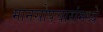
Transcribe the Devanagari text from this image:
मानसोपचारांमध्ये